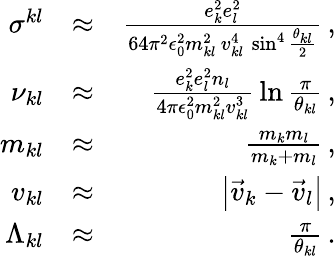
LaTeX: \begin{array}{rlr}{\sigma^{kl}}&{\approx}&{\frac{e_{k}^{2}e_{l}^{2}}{64\pi^{2}\epsilon_{0}^{2}m_{kl}^{2}\, v_{kl}^{4}\, \sin^{4}\frac{\theta_{kl}}{2}}\, ,}\\ {\nu_{kl}}&{\approx}&{\frac{e_{k}^{2}e_{l}^{2}n_{l}}{4\pi\epsilon_{0}^{2}m_{kl}^{2}v_{kl}^{3}}\, \ln\frac{\pi}{\theta_{kl}}\, ,}\\ {m_{kl}}&{\approx}&{\frac{m_{k}m_{l}}{m_{k}+m_{l}}\, ,}\\ {v_{kl}}&{\approx}&{\left|\vec{v}_{k}-\vec{v}_{l}\right|\, ,}\\ {\Lambda_{kl}}&{\approx}&{\frac{\pi}{\theta_{kl}}\, .}\end{array}